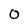
Character: 0